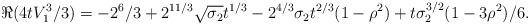
LaTeX: \begin{align*}\begin{aligned}\Re(4t V_{1}^{3}/3)&=-2^{6}/3+2^{11/3}\sqrt{\sigma_2}t^{1/3}-2^{4/3}\sigma_{2}t^{2/3}(1-\rho^{2})+t\sigma_{2}^{3/2}(1-3\rho^{2})/6.\end{aligned}\end{align*}